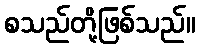
စသည်တို့ဖြစ်သည်။